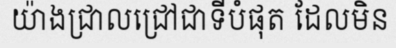
យ៉ាងជ្រាលជ្រៅជាទីបំផុត ដែលមិន